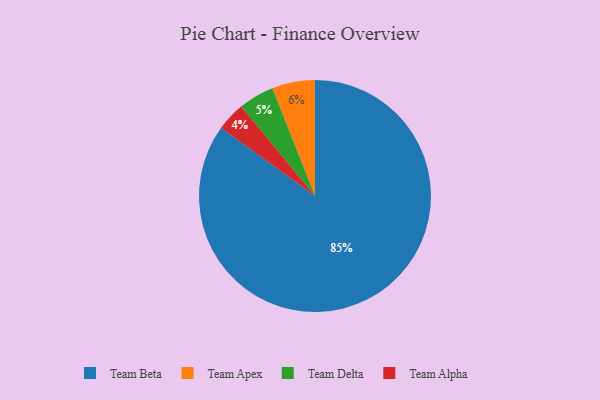
{"axis": {"x": "Category", "y": "Percentage"}, "legend": ["Team Alpha", "Team Apex", "Team Beta", "Team Delta"], "data": [{"x": "Team Delta", "y": 5, "type": "Team Delta"}, {"x": "Team Apex", "y": 6, "type": "Team Apex"}, {"x": "Team Beta", "y": 85, "type": "Team Beta"}, {"x": "Team Alpha", "y": 4, "type": "Team Alpha"}]}